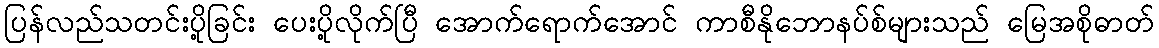
ပြန်လည်သတင်းပို့ခြင်း ပေးပို့လိုက်ပြီ အောက်ရောက်အောင် ကာစီနိုဘောနပ်စ်များသည် မြေအစိုဓာတ်